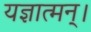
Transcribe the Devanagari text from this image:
यज्ञात्मन्‌।